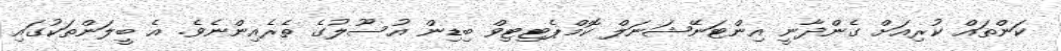
ކަންތައް ކުރިއަށް ގެންދާނީ އިންޓަނޭޝަނަލް ކޮމްޕެޓިޓިވް ބިޑިން އުސޫލުގެ ތެރެއިންނެވެ. އެ ބީލަންތަކުގައި